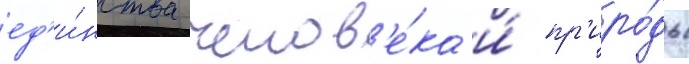
ед'и́нства челов'е́ка и́ пр'иро́ды